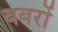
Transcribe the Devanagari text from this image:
बबरों